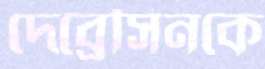
দেব্রেসিনকে